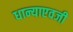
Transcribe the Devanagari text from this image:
धान्याएवजी